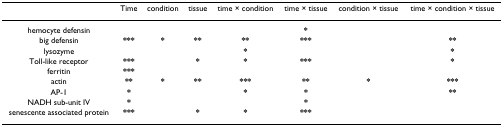
|  | Time | condition | tissue | time × condition | time × tissue | condition × tissue | time × condition × tissue |
 | --- | --- | --- | --- | --- | --- | --- | --- |
 | hemocyte defensin |  |  |  |  | * |  |  |
 | big defensin | *** | * | ** | ** | *** |  | ** |
 | lysozyme |  |  |  | * |  |  | * |
 | Toll-like receptor | *** |  | * | * | *** |  | * |
 | ferritin | *** |  |  |  |  |  |  |
 | actin | ** | * | ** | *** | ** | * | *** |
 | AP-1 | * |  |  | * | * |  | ** |
 | NADH sub-unit IV | * |  |  |  | * |  |  |
 | senescente associated protein | *** |  | * | * | *** |  |  |